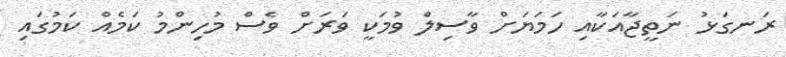
ރަނގަޅު ނަތީޖާއަކާއި ހަމަޔަށް ވާސިލް ވުމަކީ ވަރަށް ވެސް މުހިންމު ކަމެއް ކަމުގައި